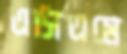
এসিএমে